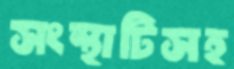
সংস্থাটিসহ